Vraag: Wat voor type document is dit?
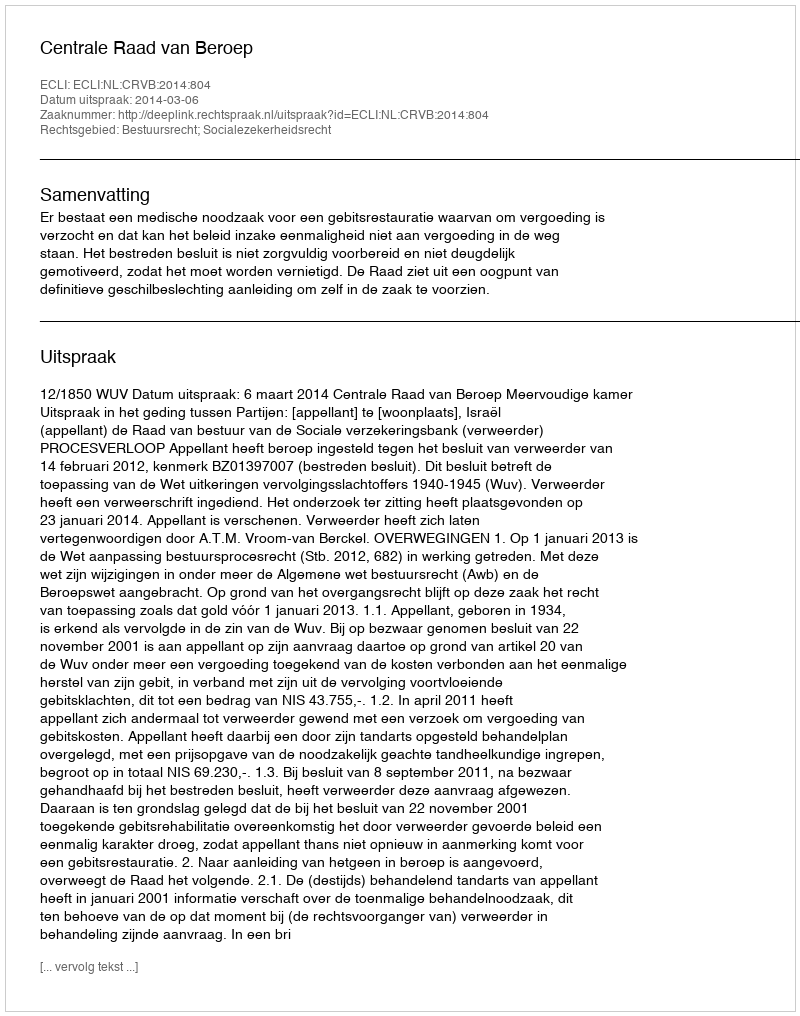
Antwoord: Uitspraak